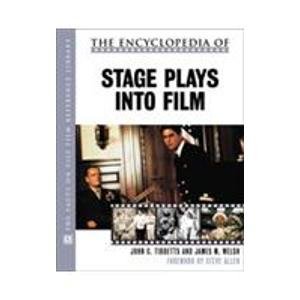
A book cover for The Encyclopedia of Stage Plays Into Film (Facts on File Film Reference Library); John C. Tibbetts; Humor & Entertainment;